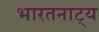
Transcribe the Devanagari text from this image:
भारतनाट्य